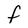
Character: F